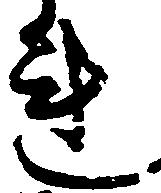
連